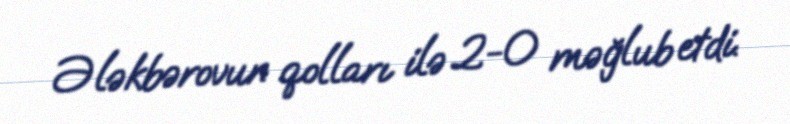
Ələkbərovun qolları ilə 2-0 məğlub etdi.